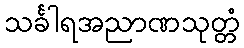
သင်္ခါရအညာဏသုတ္တံ